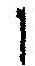
1